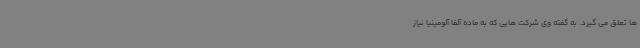
ها تعلق می گیرد. به گفته وی شرکت هایی که به ماده آلفا آلومینیا نیاز